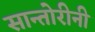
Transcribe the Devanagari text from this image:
सान्तोरीनी